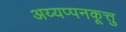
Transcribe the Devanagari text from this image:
अय्यप्पनकूत्तु